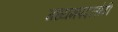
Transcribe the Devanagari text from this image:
मध्यमपदलोपी